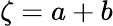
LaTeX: \zeta=a+b